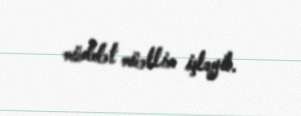
müddət müəllim işləyib.